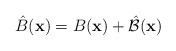
\begin{align*}\hat{B}({\bf x}) = B({\bf x}) + \hat{\cal B}({\bf x})\end{align*}